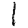
Digit: 1